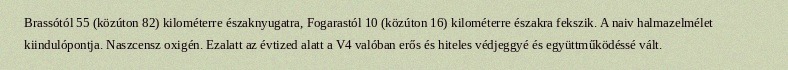
Brassótól 55 (közúton 82) kilométerre északnyugatra, Fogarastól 10 (közúton 16) kilométerre északra fekszik. A naiv halmazelmélet kiindulópontja. Naszcensz oxigén. Ezalatt az évtized alatt a V4 valóban erős és hiteles védjeggyé és együttműködéssé vált.